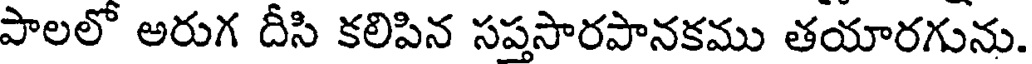
పాలలో అరుగ దీసి కలిపిన సప్తసారపానకము తయారగును